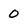
Character: 0